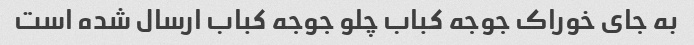
به جای خوراک جوجه کباب چلو جوجه کباب ارسال شده است